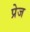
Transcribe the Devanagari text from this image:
प्रेज